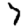
Digit: 7